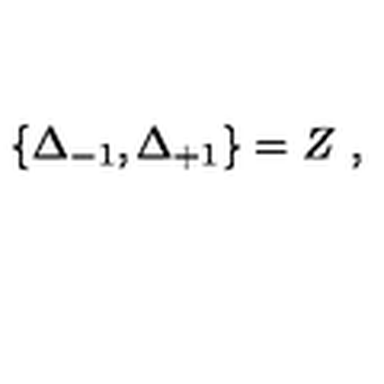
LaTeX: \{ \Delta _ { - 1 } , \Delta _ { + 1 } \} = Z \ ,